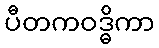
ပီတကဝဒ္ဓိကာ